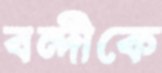
বন্দীকে